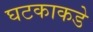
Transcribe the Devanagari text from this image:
घटकाकडे